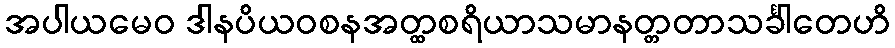
အပါယမေဝ ဒါနပိယဝစနအတ္ထစရိယာသမာနတ္တတာသင်္ခါတေဟိ